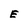
Character: E